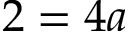
2 = 4 a